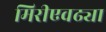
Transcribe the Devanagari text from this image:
मिरीएवढ्या